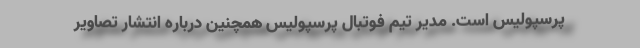
پرسپولیس است. مدیر تیم فوتبال پرسپولیس همچنین درباره انتشار تصاویر